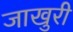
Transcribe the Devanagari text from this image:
जाखुरी